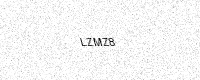
Text: LZMZ8